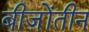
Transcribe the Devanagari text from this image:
बीज़ोंतीन